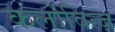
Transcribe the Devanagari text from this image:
कर्लोवित्ज़